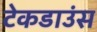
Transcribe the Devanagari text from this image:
टेकडाउंस